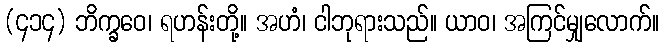
(၄၁၄) ဘိက္ခဝေ၊ ရဟန်းတို့။ အဟံ၊ ငါဘုရားသည်။ ယာဝ၊ အကြင်မျှလောက်။